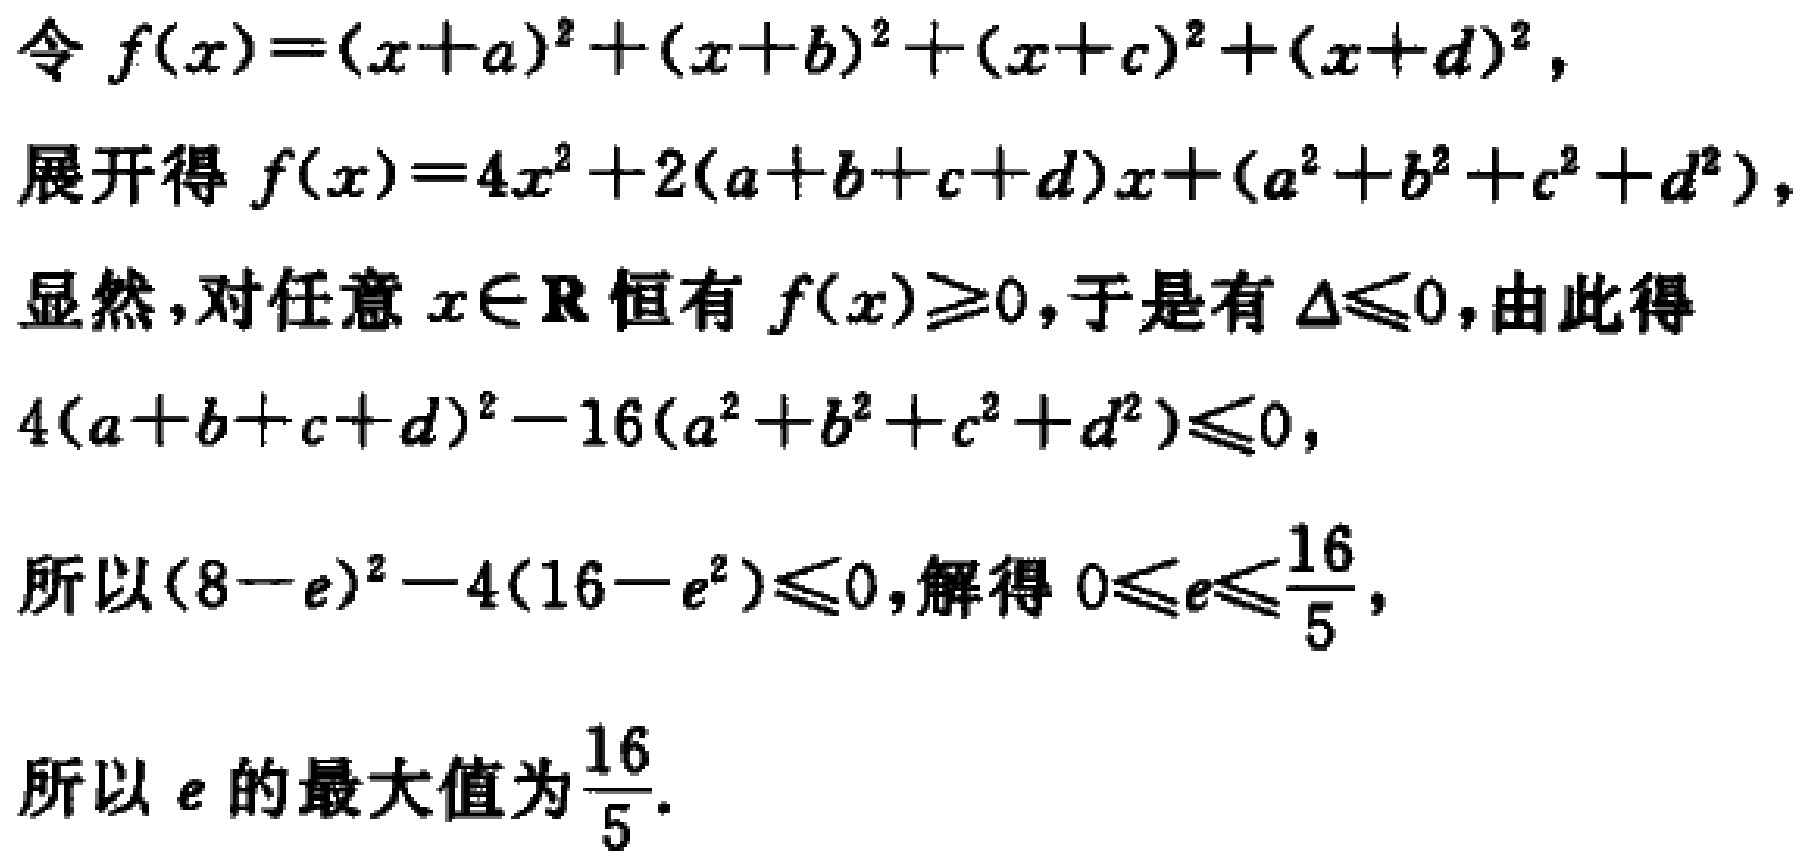
令 \(f(x)=(x + a)^2+(x + b)^2+(x + c)^2+(x + d)^2\)，
展开得 \(f(x)=4x^2+2(a + b + c + d)x+(a^2 + b^2 + c^2 + d^2)\)，
显然，对任意 \(x\in\mathbb{R}\) 恒有 \(f(x)\geq0\)，于是有 \(\Delta\leq0\)，由此得
\(4(a + b + c + d)^2-16(a^2 + b^2 + c^2 + d^2)\leq0\)，
所以 \((8 - e)^2-4(16 - e^2)\leq0\)，解得 \(0\leq e\leq\frac{16}{5}\)，
所以 \(e\) 的最大值为 \(\frac{16}{5}\)。